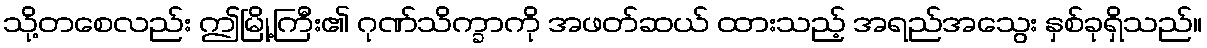
သို့တစေလည်း ဤမြို့ကြီး၏ ဂုဏ်သိက္ခာကို အဖတ်ဆယ် ထားသည့် အရည်အသွေး နှစ်ခုရှိသည်။